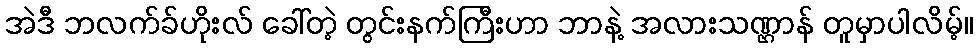
အဲဒီ ဘလက်ခ်ဟိုးလ် ခေါ်တဲ့ တွင်းနက်ကြီးဟာ ဘာနဲ့ အလားသဏ္ဌာန် တူမှာပါလိမ့်။